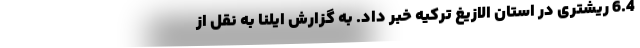
6.4 ریشتری در استان الازیغ ترکیه خبر داد. به گزارش ایلنا به نقل از